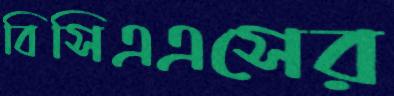
বিসিএএসের